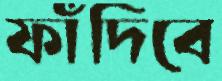
ফাঁদিবে